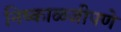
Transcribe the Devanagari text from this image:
निष्काळजीपणे